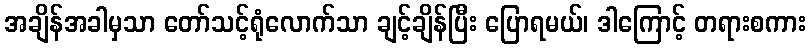
အချိန်အခါမှသာ တော်သင့်ရုံလောက်သာ ချင့်ချိန်ပြီး ပြောရမယ်၊ ဒါကြောင့် တရားစကား